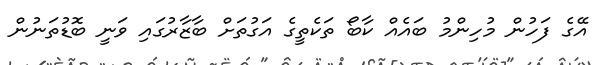
އޭގެ ފަހުން މުހިންމު ބައެއް ކާބޯ ތަކެތީގެ އަގުތަށް ބާޒާރުގައި ވަނީ ބޮޑުތަނުން